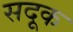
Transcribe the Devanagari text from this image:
सदूक